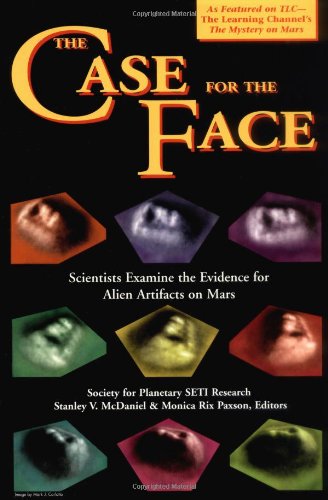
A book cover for The Case for the Face: Scientists Examine the Evidence for Alien Artifacts on Mars; Stanley V. McDaniel; Science & Math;